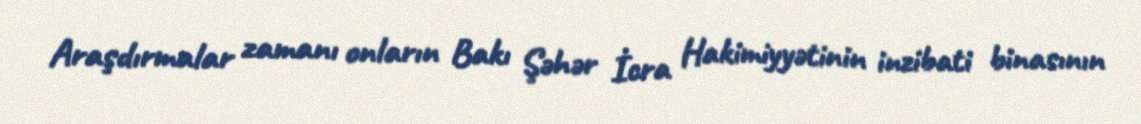
Araşdırmalar zamanı onların Bakı Şəhər İcra Hakimiyyətinin inzibati binasının